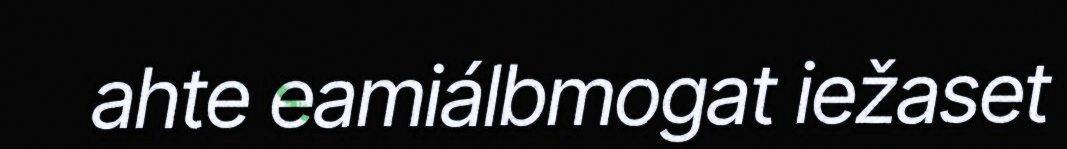
ahte eamiálbmogat iežaset